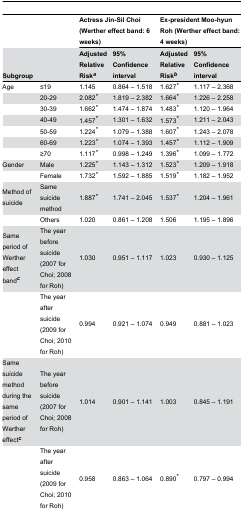
<table><thead><tr><td></td><td></td><td colspan="2"><b>Actress Jin-Sil Choi (Werther effect band: 6 weeks)</b></td><td colspan="2"><b>Ex-president Moo-hyun Roh (Werther effect band: 4 weeks)</b></td></tr><tr><td><b>Subgroup</b></td><td></td><td><b>Adjusted Relative Risk<sup><i>a</i></sup></b></td><td><b>95% Confidence interval</b></td><td><b>Adjusted Relative Risk<sup><i>b</i></sup></b></td><td><b>95% Confidence interval</b></td></tr></thead><tbody><tr><td>Age</td><td>≤19</td><td>1.145</td><td>0.864 – 1.518</td><td>1.627<b><sup><i>*</i></sup></b></td><td>1.117 – 2.368</td></tr><tr><td></td><td>20-29</td><td>2.082<b><sup><i>*</i></sup></b></td><td>1.819 – 2.382</td><td>1.664<b><sup><i>*</i></sup></b></td><td>1.226 – 2.258</td></tr><tr><td></td><td>30-39</td><td>1.662<b><sup><i>*</i></sup></b></td><td>1.474 – 1.874</td><td>1.483<b><sup><i>*</i></sup></b></td><td>1.120 – 1.964</td></tr><tr><td></td><td>40-49</td><td>1.457<b><sup><i>*</i></sup></b></td><td>1.301 – 1.632</td><td>1.573<b><sup><i>*</i></sup></b></td><td>1.211 – 2.043</td></tr><tr><td></td><td>50-59</td><td>1.224<b><sup><i>*</i></sup></b></td><td>1.079 – 1.388</td><td>1.607<b><sup><i>*</i></sup></b></td><td>1.243 – 2.078</td></tr><tr><td></td><td>60-69</td><td>1.223<b><sup><i>*</i></sup></b></td><td>1.074 – 1.393</td><td>1.457<b><sup><i>*</i></sup></b></td><td>1.112 – 1.909</td></tr><tr><td></td><td>≥70</td><td>1.117<b><sup><i>*</i></sup></b></td><td>0.998 – 1.249</td><td>1.396<b><sup><i>*</i></sup></b></td><td>1.099 – 1.772</td></tr><tr><td>Gender</td><td>Male </td><td>1.225<b><sup><i>*</i></sup></b></td><td>1.143 – 1.312</td><td>1.523<b><sup><i>*</i></sup></b></td><td>1.209 – 1.918</td></tr><tr><td></td><td>Female</td><td>1.732<b><sup><i>*</i></sup></b></td><td>1.592 – 1.885</td><td>1.519<b><sup><i>*</i></sup></b></td><td>1.182 – 1.952</td></tr><tr><td>Method of suicide</td><td>Same suicide method</td><td>1.887<b><sup><i>*</i></sup></b></td><td>1.741 – 2.045</td><td>1.537<b><sup><i>*</i></sup></b></td><td>1.204 – 1.961</td></tr><tr><td></td><td>Others</td><td>1.020</td><td>0.861 – 1.208</td><td>1.506</td><td>1.195 – 1.896</td></tr><tr><td>Same period of Werther effect band<b><sup><i>c</i></sup></b></td><td>The year before suicide (2007 for Choi; 2008 for Roh)</td><td>1.030</td><td>0.951 – 1.117</td><td>1.023</td><td>0.930 – 1.125</td></tr><tr><td></td><td>The year after suicide (2009 for Choi; 2010 for Roh)</td><td>0.994</td><td>0.921 – 1.074</td><td>0.949</td><td>0.881 – 1.023</td></tr><tr><td>Same suicide method during the same period of Werther effect<b><sup><i>c</i></sup></b></td><td>The year before suicide (2007 for Choi; 2008 for Roh)</td><td>1.014</td><td>0.901 – 1.141</td><td>1.003</td><td>0.845 – 1.191</td></tr><tr><td></td><td>The year after suicide (2009 for Choi; 2010 for Roh)</td><td>0.958</td><td>0.863 – 1.064</td><td>0.890<b><sup><i>*</i></sup></b></td><td>0.797 – 0.994</td></tr></tbody></table>